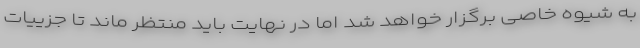
به شیوه خاصی برگزار خواهد شد اما در نهایت باید منتظر ماند تا جزییات